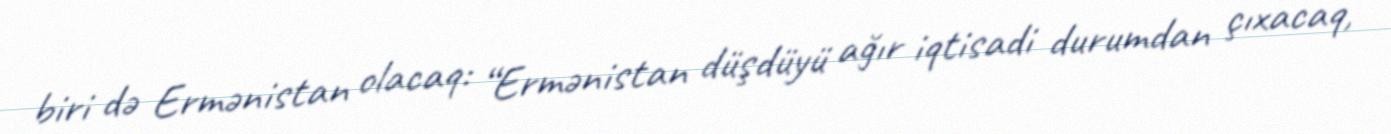
biri də Ermənistan olacaq: “Ermənistan düşdüyü ağır iqtisadi durumdan çıxacaq,